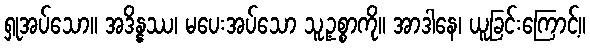
ရှုအပ်သော။ အဒိန္နဿ၊ မပေးအပ်သော သူ့ဥစ္စာကို။ အာဒါနေ၊ ယူခြင်းကြောင့်။